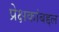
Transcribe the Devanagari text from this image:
प्रेक्षकांबद्दल